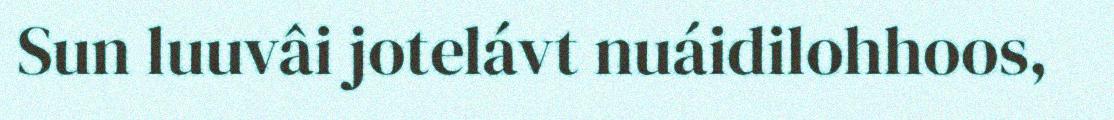
Sun luuvâi jotelávt nuáidilohhoos,